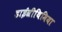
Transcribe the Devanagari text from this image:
डाईस्रीथिमिया